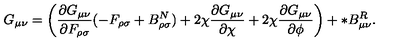
G _ { \mu \nu } = \left( \frac { \partial G _ { \mu \nu } } { \partial F _ { \rho \sigma } } ( - F _ { \rho \sigma } + B _ { \rho \sigma } ^ { N } ) + 2 \chi \frac { \partial G _ { \mu \nu } } { \partial \chi } + 2 \chi \frac { \partial G _ { \mu \nu } } { \partial \phi } \right) + * B _ { \mu \nu } ^ { R } .